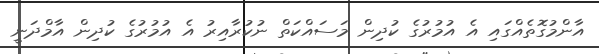
އާންމުގޮތެއްގައި އެ އުމުރުގެ ކުދިން މަސައްކަތް ނުކުރާއިރު އެ އުމުރުގެ ކުދިން އާމްދަނީ